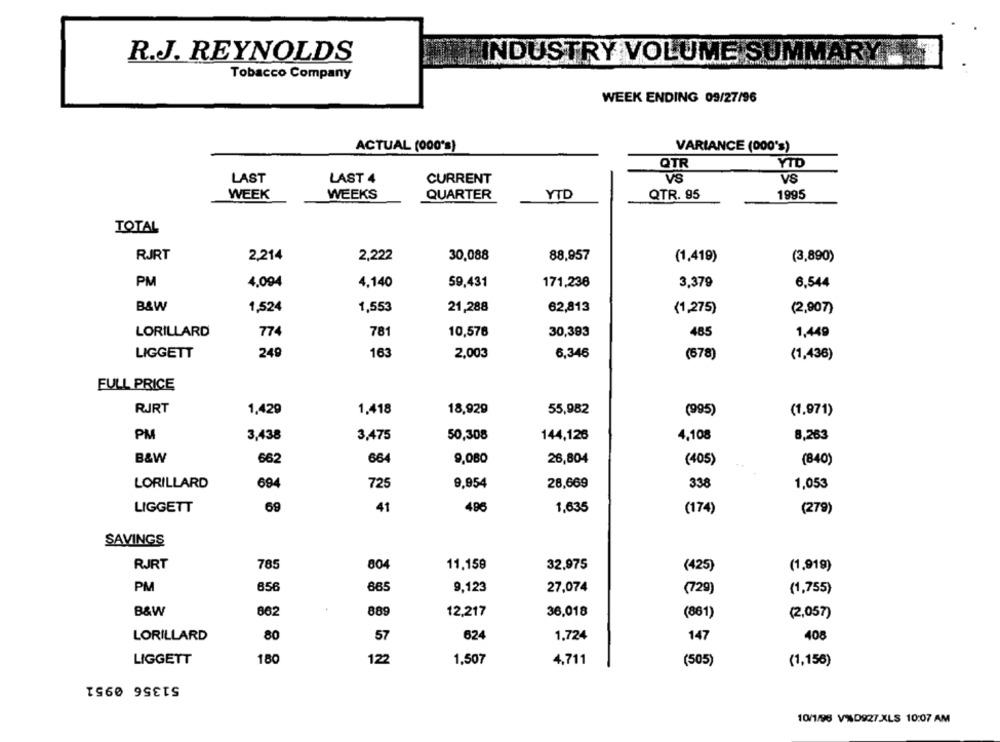
R.J. REYNOLDS
INDUSTRY VOLUME SUMMARY ...
Tobacco Company
WEEK ENDING 09/27/96
ACTUAL (000*s)
VARIANCE (000's)
QTR
YTD
LAST
VS
LAST 4
CURRENT
VS
WEEK
WEEKS
QUARTER
YTD
QTR. 95
1995
TOTAL
RJRT
2,214
2,222
30,088
88,957
(1,419)
(3,890)
PM
4.094
4,140
171,238
59,431
3,379
6,544
B&W
1,524
1,553
21,288
62,813
(1,275)
(2,907)
LORILLARD
774
781
10,576
30,393
485
1,449
LIGGETT
249
163
2,003
6,346
(678)
(1,436)
FULL PRICE
RJRT
1,429
1.418
18,929
55,982
(995)
(1,971)
PM
3,438
3,475
50,308
144,126
4,108
8,263
B&W
662
664
9,080
26,804
(840)
(405)
LORILLARD
694
725
9,954
28,669
338
1,053
LIGGETT
69
41
486
1,635
(174)
(279)
SAVINGS
RJRT
32,975
785
804
11.159
(425)
(1,919)
PM
656
665
9,123
27,074
(729)
(1,755)
B&W
889
12,217
36,018
(861)
(2,057)
LORILLARD
80
57
624
1,724
147
408
LIGGETT
180
122
1,507
4,711
(505)
(1,156)
51356 0951
10/1/96 V%D927.XLS 10:07 AM